Medical and sanitary report of the native army of Bengal for the year
Year: 1875
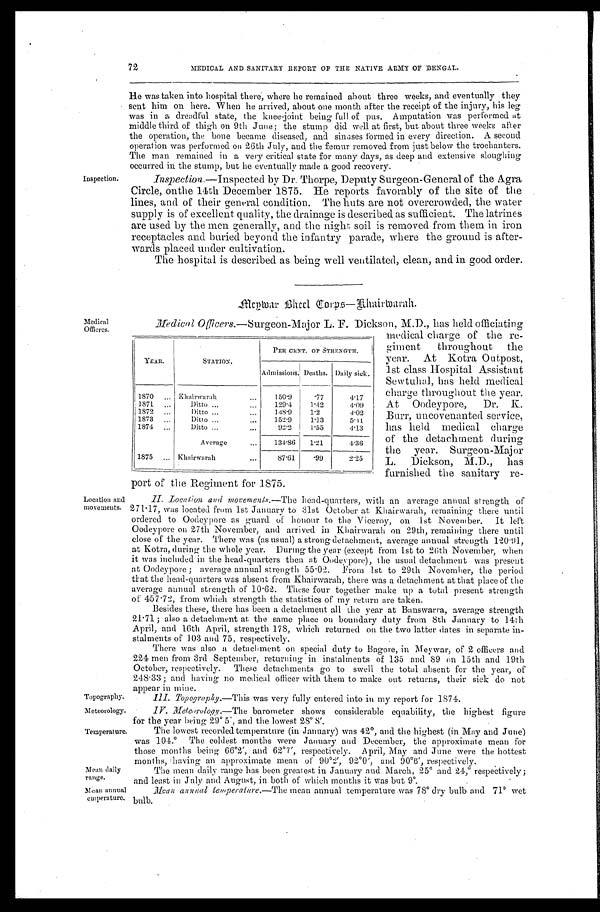
72
MEDICAL AND SANITARY REPORT OF THE NATIVE ARMY OF BENGAL.
Inspection.
He was taken into hospital there, where he remained about three weeks, and eventually they
sent him on here. When he arrived, about one month after the receipt of the injury, his leg
was in a dreadful state, the knee-joint being full of pus. Amputation was performed at
middle third of thigh on 9th June; the stump did well at first, but about three weeks after
the operation, the bone became diseased, and sinases formed in every direction. A second
operation was performed on 26th July, and the femur removed from just below the trochanters.
The man remained in a very critical state for many days, as deep and extensive sloughing
occurred in the stump, but he eventually made a good recovery.
Inspection .—Inspected by Dr. Thorpe, Deputy Surgeon-General of the Agra
Circle, onthe 14th December 1875. He reports favorably of the site of the
lines, and of their general condition. The huts are not overcrowded, the water
supply is of excellent quality, the drainage is described as sufficient. The latrines
are used by the men generally, and the night soil is removed from them in iron
receptacles and buried beyond the infantry parade, where the ground is after
-
wards placed under cultivation.
The hospital is described as being well ventilated, clean, and in good order.
Meywar Bheel Eorps—Khairwarah.
Medical
Officers.
Location and
movements.
Topography.
Meteorology.
Temperature.
Mean daily
range.
Mean annual
emperature.
Medical Officers.—Surgeon-Major L. F. Dickson, M.D., has held officiating
medical charge of the re
-
giment throughout the
year. At Kotra Outpost,
1st class Hospital Assistant
Sewtuhal, has held medical
charge throughout the year.
At Oodeypore, Dr. K.
Burr, uncovenanted service,
has held medical charge
of the detachment during
the year. Surgeon-Major
L. Dickson, M.D., has
furnished the sanitary re
- p o r t o f t h e R e g i m e n t f o r 1 8 7 5 .
II. Location and movements.—The head-quarters, with an average annual strength of
271.17, was located from 1st January to 31st October at Khairwarah, remaining there until
ordered to Oodeypore as guard of honour to the Viceroy, on 1st November. It left
Oodeypore on 27th November, and arrived in Khairwarah on 29th, remaining there until
close of the year. There was (as usual) a strong detachment, average annual strength 120.91,
at Kotra, during the whole year. During the year (except from 1st to 26th November, when
it was included in the head-quarters then at Oodeypore), the usual detachment was present
at Oodeypore; average annual strength 55.02. From 1st to 29th November, the period
that the head-quarters was absent from Khairwarah, there was a detachment at that place of the
average annual strength of 10.62. These four together make up a total present strength
of 457.72, from which strength the statistics of my return are taken.
Besides these, there has been a detachment all the year at Banswarra, average strength
21.71; also a detachment at the same place on boundary duty from 8th January to 14th
April, and 16th April, strength 178, which returned on the two latter dates in separate in
-
stalments of 103 and 75, respectively.
There was also a detachment on special duty to Bagore, in Meywar, of 2 officers and
224 men from 3rd September, returning in instalments of 135 and 89 on 15th and 19th
October, respectively. These detachments go to swell the total absent for the year, of
248.33; and having no medical officer with them to make out returns, their sick do not
appear in mine.
III. Topography.—This was very fully entered into in my report for 1874.
IV. Meteorology.—The barometer shows considerable equability, the highest figure
for the year being 29° 5', and the lowest 28° 8'.
The lowest recorded temperature (in January) was 42°, and the highest (in May and June)
was 104.° The coldest months were January and December, the approximate mean for
those months being 66°2', and 62°7', respectively. April, May and June were the hottest
months, having an approximate mean of 90°2', 92°0', and 90°6', respectively.
The mean daily range has been greatest in January and March, 25° and 24,° respectively;
and least in July and August, in both of which months it was but 9°.
Mean annual temperature.—The mean annual temperature was 78° dry bulb and 71° wet
bulb.
YEAR.
STATION.
PER CENT. OF STRENGTH.
Admissions. Deaths. Daily sick.
1870 . . .
Khairwarah . . .
150.9
.77
4.17
1871 . . .
Ditto . . .
129.4
1.42
4.09
1872 . . .
Ditto . . .
148.9
1.2
4.02
1873 . . .
Di tto . . .
152.9
1.13
5. 11
1874 . . .
Ditto . . .
92.2
1.55
4.13
Average . . .
134.86
1.21
4.36
1875 . . .
Khairwarah . . .
87.61
.99
2.25